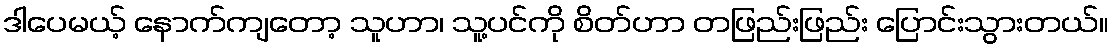
ဒါပေမယ့် နောက်ကျတော့ သူဟာ၊ သူ့ပင်ကို စိတ်ဟာ တဖြည်းဖြည်း ပြောင်းသွားတယ်။